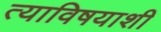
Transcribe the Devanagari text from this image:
त्याविषयाशी